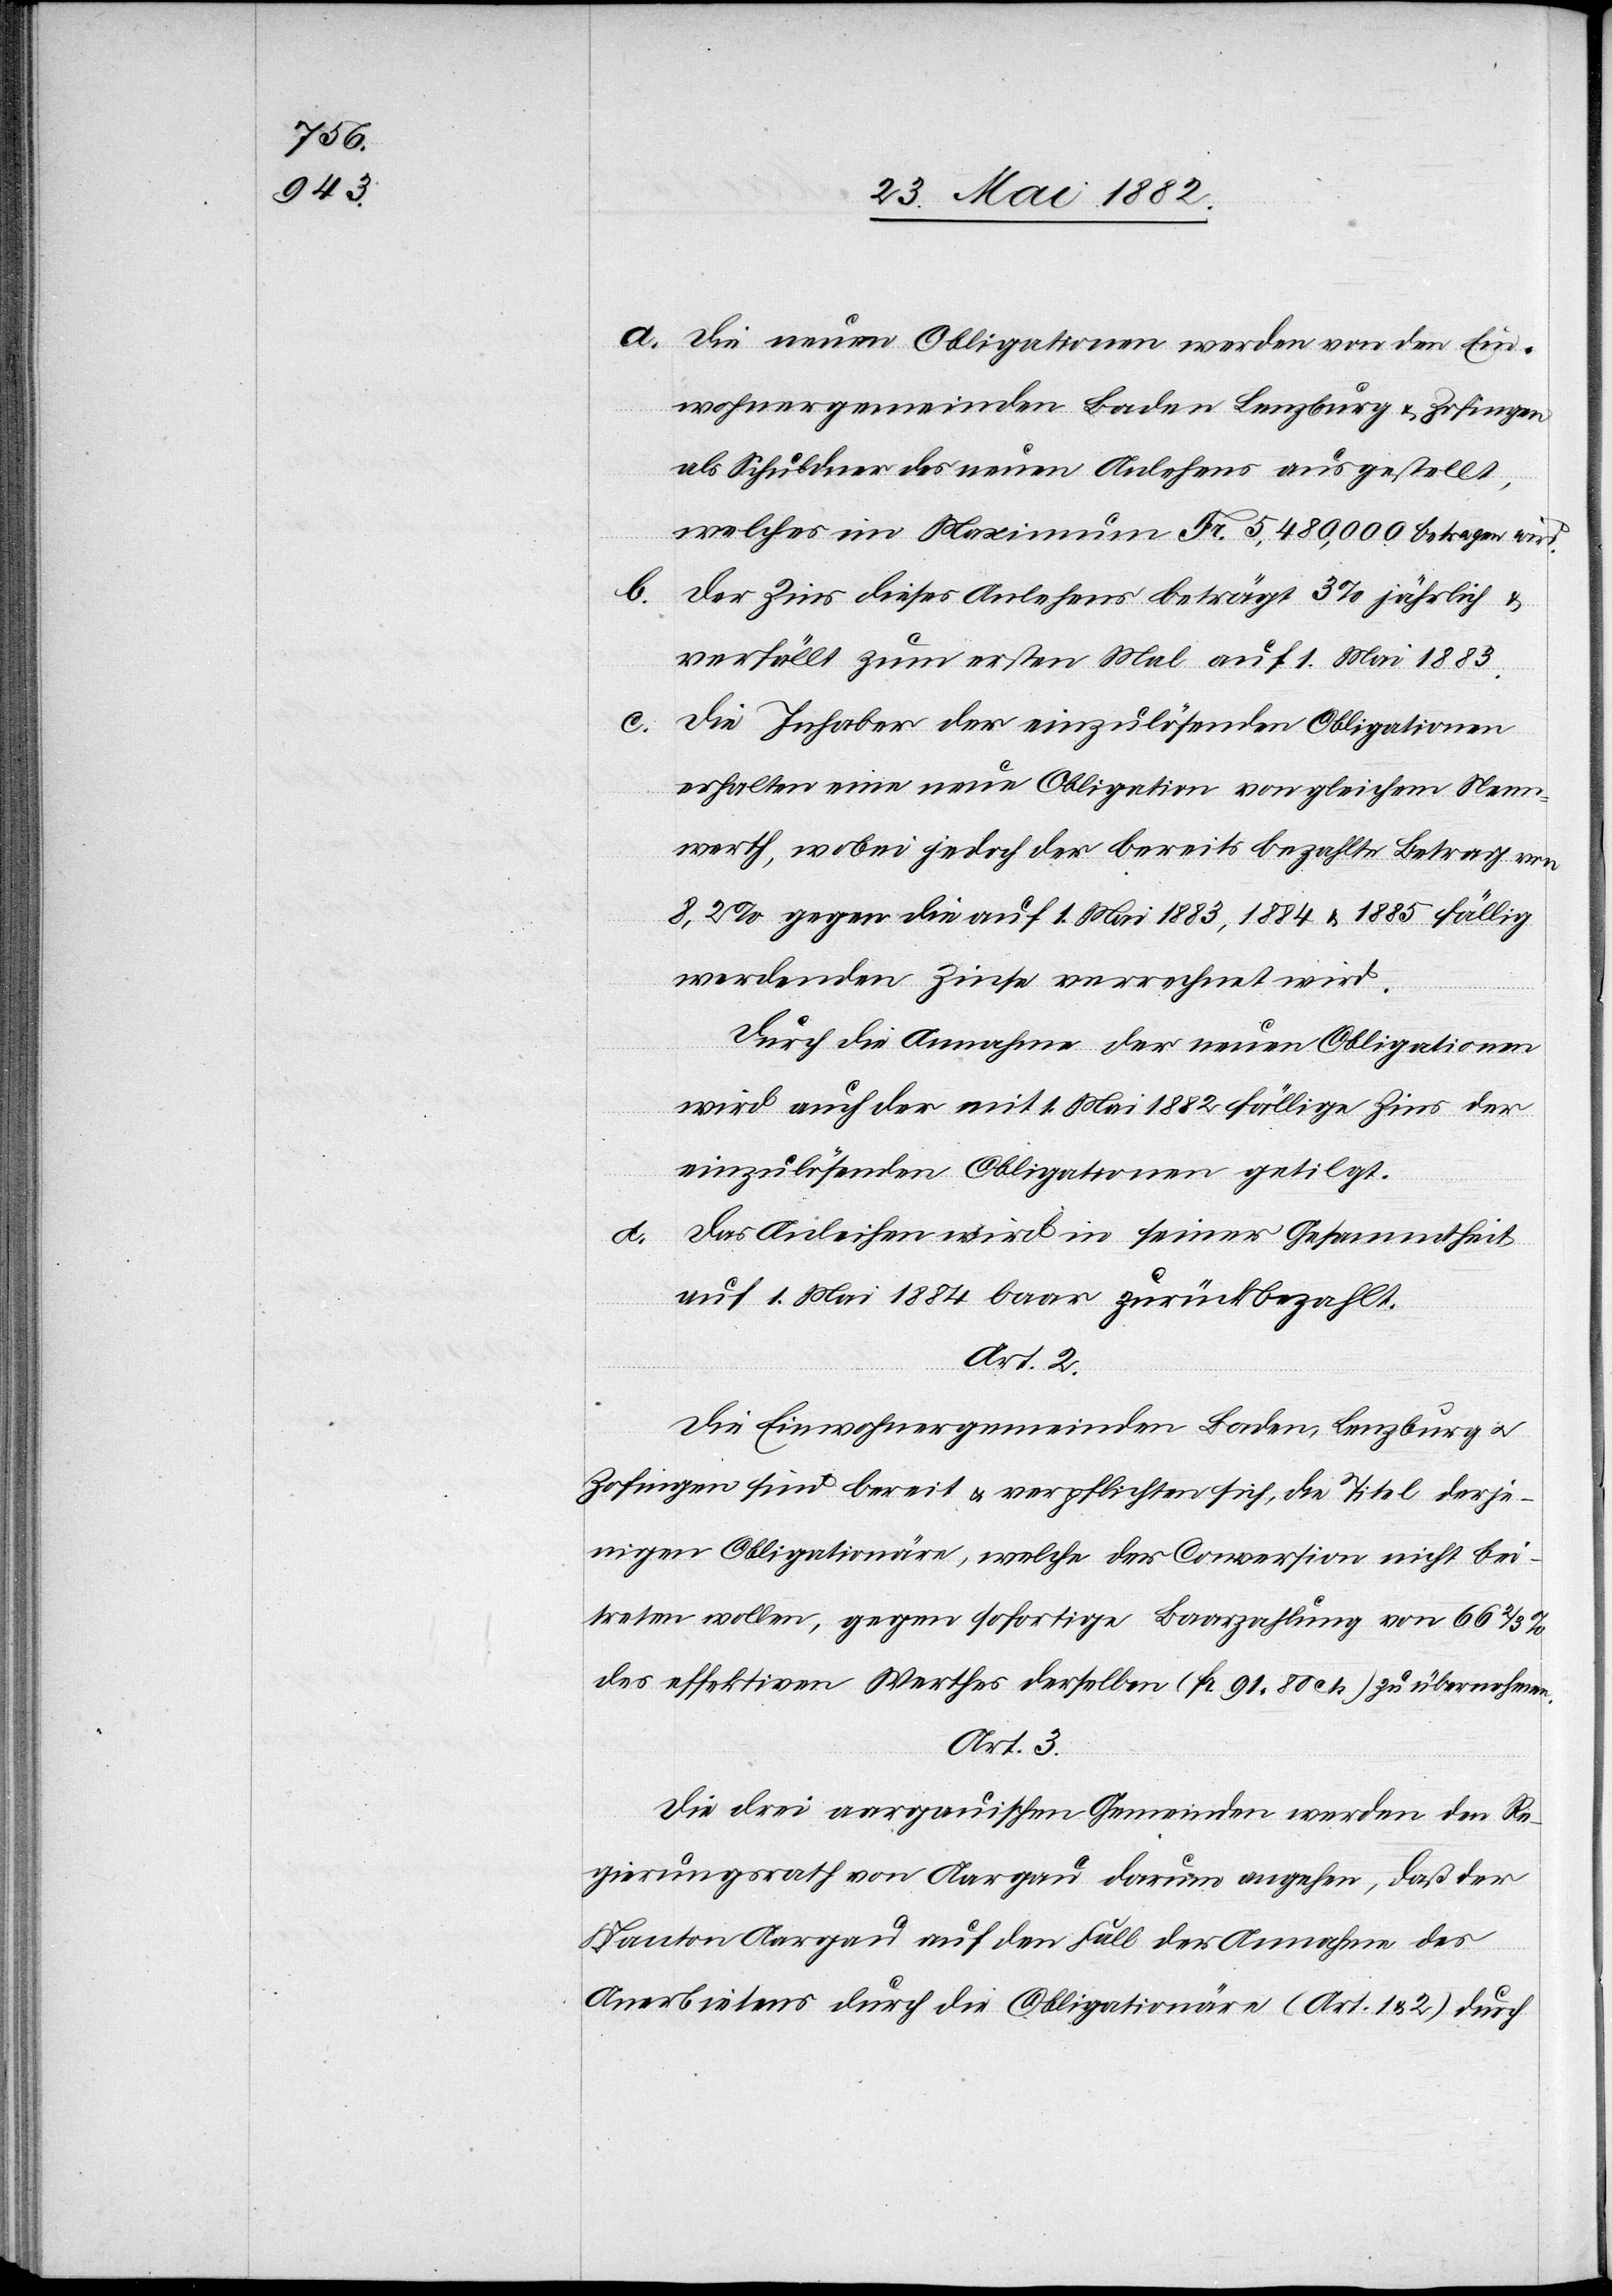
a. Die neuen Obligationen werden von den Ein¬
wohnergemeinden Baden, Lenzburg & Zofingen
als Schuldner des neuen Anlehens ausgestellt,
welches im Maximum Fr. 5,480,000 betragen wird.
b.
Die Inhaber der einzulösenden Obligationen
erhalten eine neue Obligation von gleichem Nenn¬
werth, wobei jedoch der bereits bezahlte Betrag von
8,2% gegen die auf 1. Mai 1883, 1884 & 1885 fällig
werdenden Zinse verrechnet wird.
Durch die Annahme der neuen Obligationen
wird auch der mit 1. Mai 1882 fällige Zins der
einzulösenden Obligationen getilgt.
Das Anleihen wird in seiner Gesammtheit
auf 1. Mai 1884 baar zurückbezahlt.
Art. 2.
Die Einwohnergemeinden Baden, Lenzburg u.
Zofingen sind bereit & verpflichtet, die Titel derje¬
nigen Obligationäre, welche der Conversion nicht bei¬
treten wollen, gegen sofortige Baarzahlung von 66 2/3%
des effektiven Werthes derselben (Fr. 91 80 cts.) zu übernehmen.
Art. 3.
Die drei aargauischen Gemeinden werden den Re¬
gierungsrath von Aargau darum angehen, daß der
Kanton Aargau auf den Fall der Annahme des
Anerbietens durch die Obligationäre (Art. 1 & 2) durch